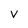
Character: v